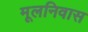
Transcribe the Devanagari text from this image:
मूलनिवास